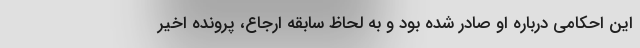
این احکامی درباره او صادر شده بود و به لحاظ سابقه ارجاع، پرونده اخیر